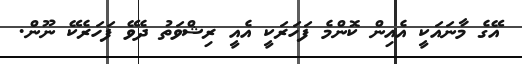
އޭގެ މާނައަކީ އެއިން ކޮންމެ ފަހަރަކީ އެއީ ރިޝްވަތު ދެވޭ ފަހަރެކޭ ނޫން.